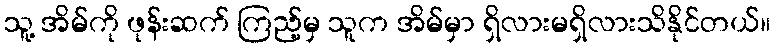
သူ့ အိမ်ကို ဖုန်းဆက် ကြည့်မှ သူက အိမ်မှာ ရှိလားမရှိလားသိနိုင်တယ်။